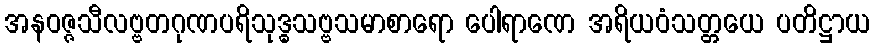
အနဝဇ္ဇသီလဗ္ဗတဂုဏပရိသုဒ္ဓသဗ္ဗသမာစာရော ပေါရာဏေ အရိယဝံသတ္တယေ ပတိဋ္ဌာယ